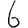
Digit: 6